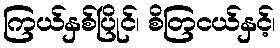
ကြယ်နှစ်ပြိုင်၊ စိတြငယ်နှင့်၊